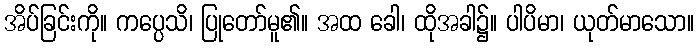
အိပ်ခြင်းကို။ ကပ္ပေသိ၊ ပြုတော်မူ၏။ အထ ခေါ၊ ထိုအခါ၌။ ပါပိမာ၊ ယုတ်မာသော။